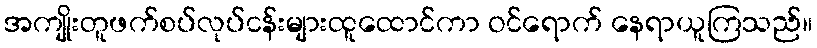
အကျိုးတူဖက်စပ်လုပ်ငန်းများထူထောင်ကာ ဝင်ရောက် နေရာယူကြသည်။